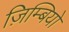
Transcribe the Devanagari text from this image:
ज़िम्बियो